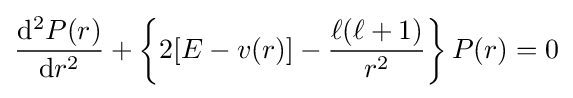
{\frac {\mathrm {d} ^{2}P(r)}{\mathrm {d} r^{2}}}+\left\{2[E-v(r)]-{\frac {\ell (\ell +1)}{r^{2}}}\right\}P(r)=0